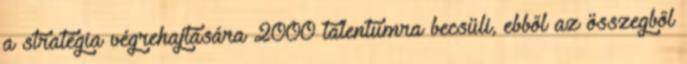
a stratégia végrehajtására 2000 talentumra becsüli, ebből az összegből